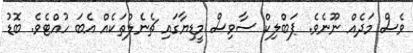
ވެސް މަދެއް ނޫނެވެ. ޕަބްލިކް ސާވިސް މީޑިޔާގައި ޗެނެލްތަކެއް އެބަ ހުއްޓެވެ. ބޮޑު